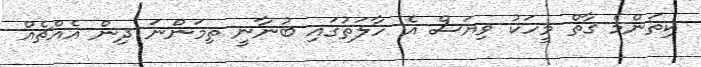
ކިތަންމެ ގާތް މީހަކު ވިޔަސް އެ ހާލަތުގައި ބުނާނީ ތިމަންނަ ދިން އެއްޗެއް